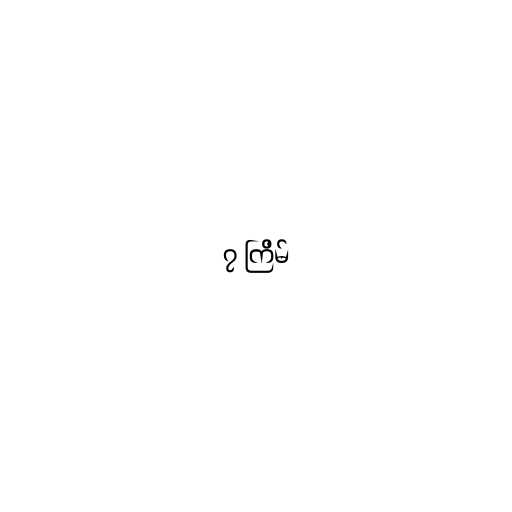
၇ ကြိမ်